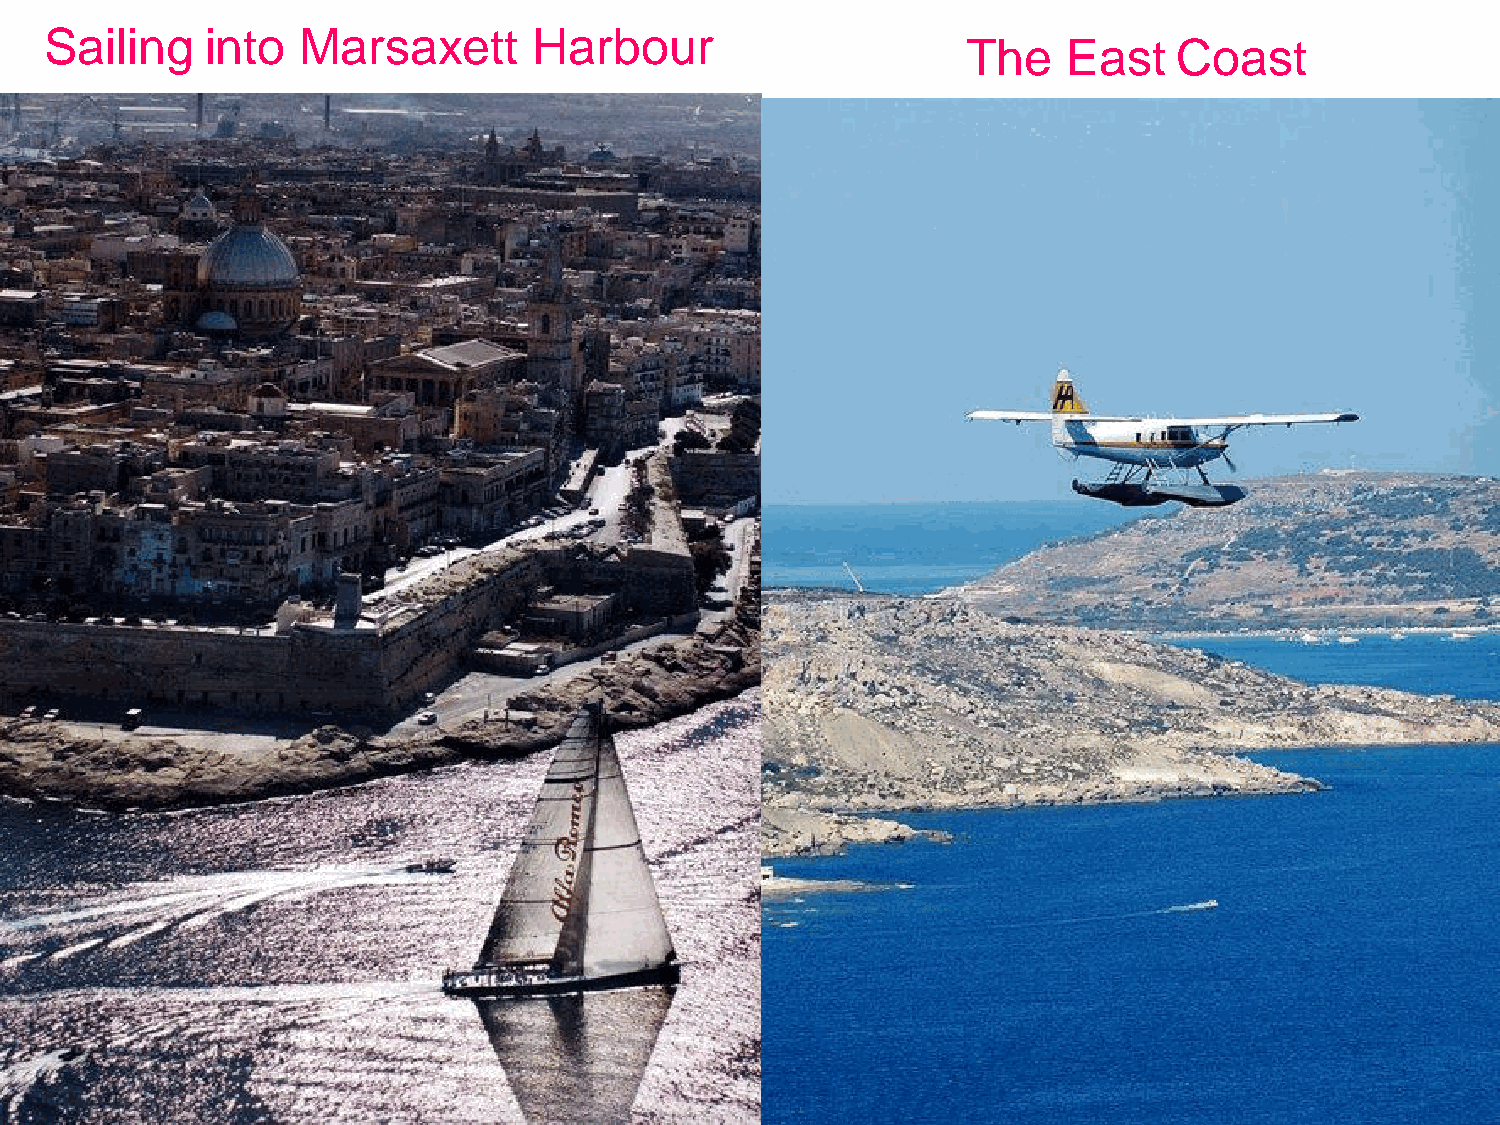
Sailing    into  Marsaxett      Harbour
 The    East   Coast